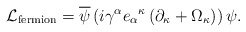
\begin{align*}{\cal L}_{{\rm fermion}} = {\overline \psi} \left( i \gamma^\alpha {e_\alpha}^\kappa \left(\partial_\kappa + \Omega_\kappa \right) \right) \psi.\end{align*}